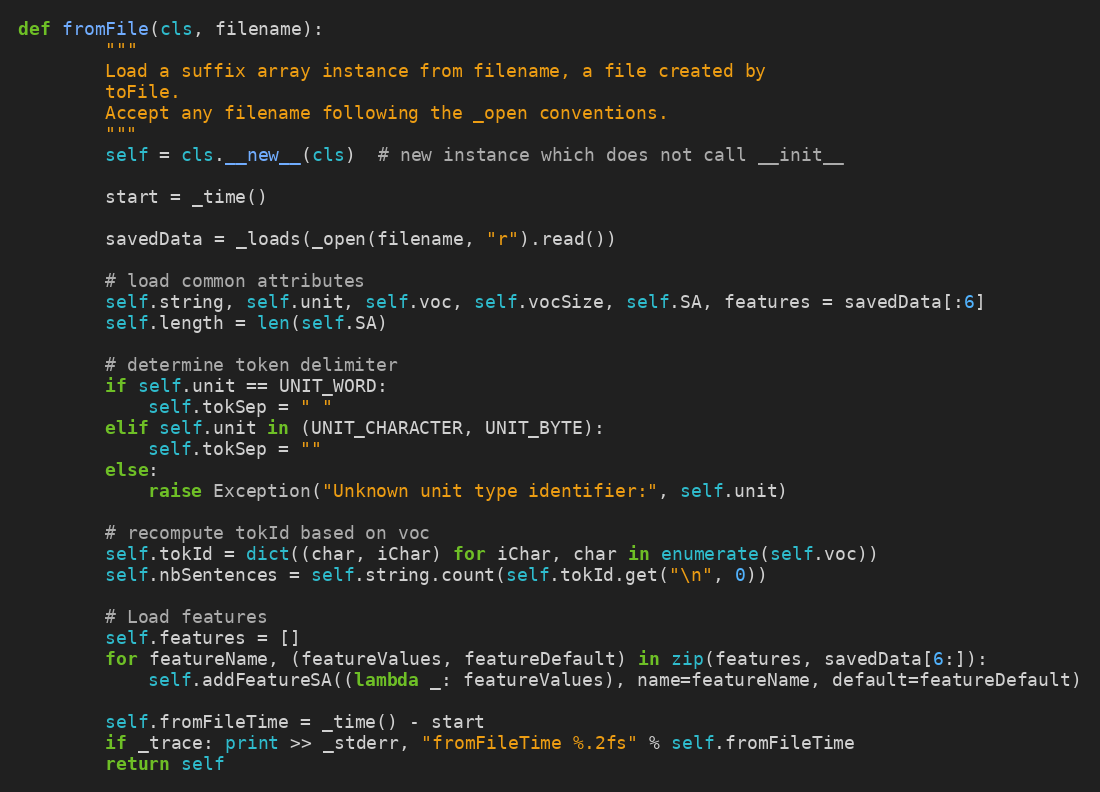
Language: Python
def fromFile(cls, filename):
        """
        Load a suffix array instance from filename, a file created by
        toFile.
        Accept any filename following the _open conventions.
        """
        self = cls.__new__(cls)  # new instance which does not call __init__

        start = _time()

        savedData = _loads(_open(filename, "r").read())

        # load common attributes
        self.string, self.unit, self.voc, self.vocSize, self.SA, features = savedData[:6]
        self.length = len(self.SA)

        # determine token delimiter
        if self.unit == UNIT_WORD:
            self.tokSep = " "
        elif self.unit in (UNIT_CHARACTER, UNIT_BYTE):
            self.tokSep = ""
        else:
            raise Exception("Unknown unit type identifier:", self.unit)

        # recompute tokId based on voc
        self.tokId = dict((char, iChar) for iChar, char in enumerate(self.voc))
        self.nbSentences = self.string.count(self.tokId.get("\n", 0))

        # Load features
        self.features = []
        for featureName, (featureValues, featureDefault) in zip(features, savedData[6:]):
            self.addFeatureSA((lambda _: featureValues), name=featureName, default=featureDefault)

        self.fromFileTime = _time() - start
        if _trace: print >> _stderr, "fromFileTime %.2fs" % self.fromFileTime
        return self